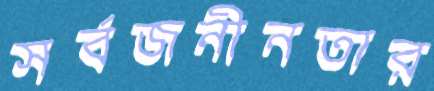
সর্বজনীনতার